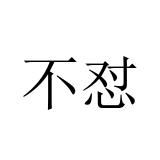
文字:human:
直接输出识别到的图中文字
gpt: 不怼